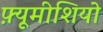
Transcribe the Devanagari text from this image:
फ़्यूमीशियो